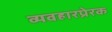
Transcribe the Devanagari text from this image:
व्यवहारप्रेरक